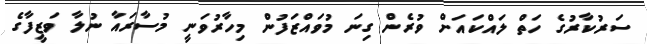
ސަރުކާރުގެ ހަތް ލައްކައަށް ވުރެން ގިނަ މުވައްޒަފުން މިހާރުވަނީ މުސާރައާ ނުލާ ވަޒީފާގެ